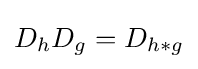
D_{h}D_{g}=D_{h*g}